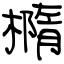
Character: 橢